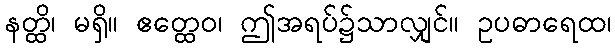
နတ္ထိ၊ မရှိ။ ဧတ္ထေဝ၊ ဤအရပ်၌သာလျှင်။ ဥပဓာရေထ၊